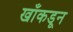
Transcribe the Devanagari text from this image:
खाँकडून